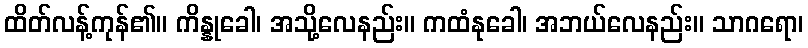
ထိတ်လန့်ကုန်၏။ ကိန္နုခေါ၊ အသို့လေနည်း။ ကထံနုခေါ၊ အဘယ်လေနည်း။ သာဂရော၊